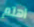
اهتم